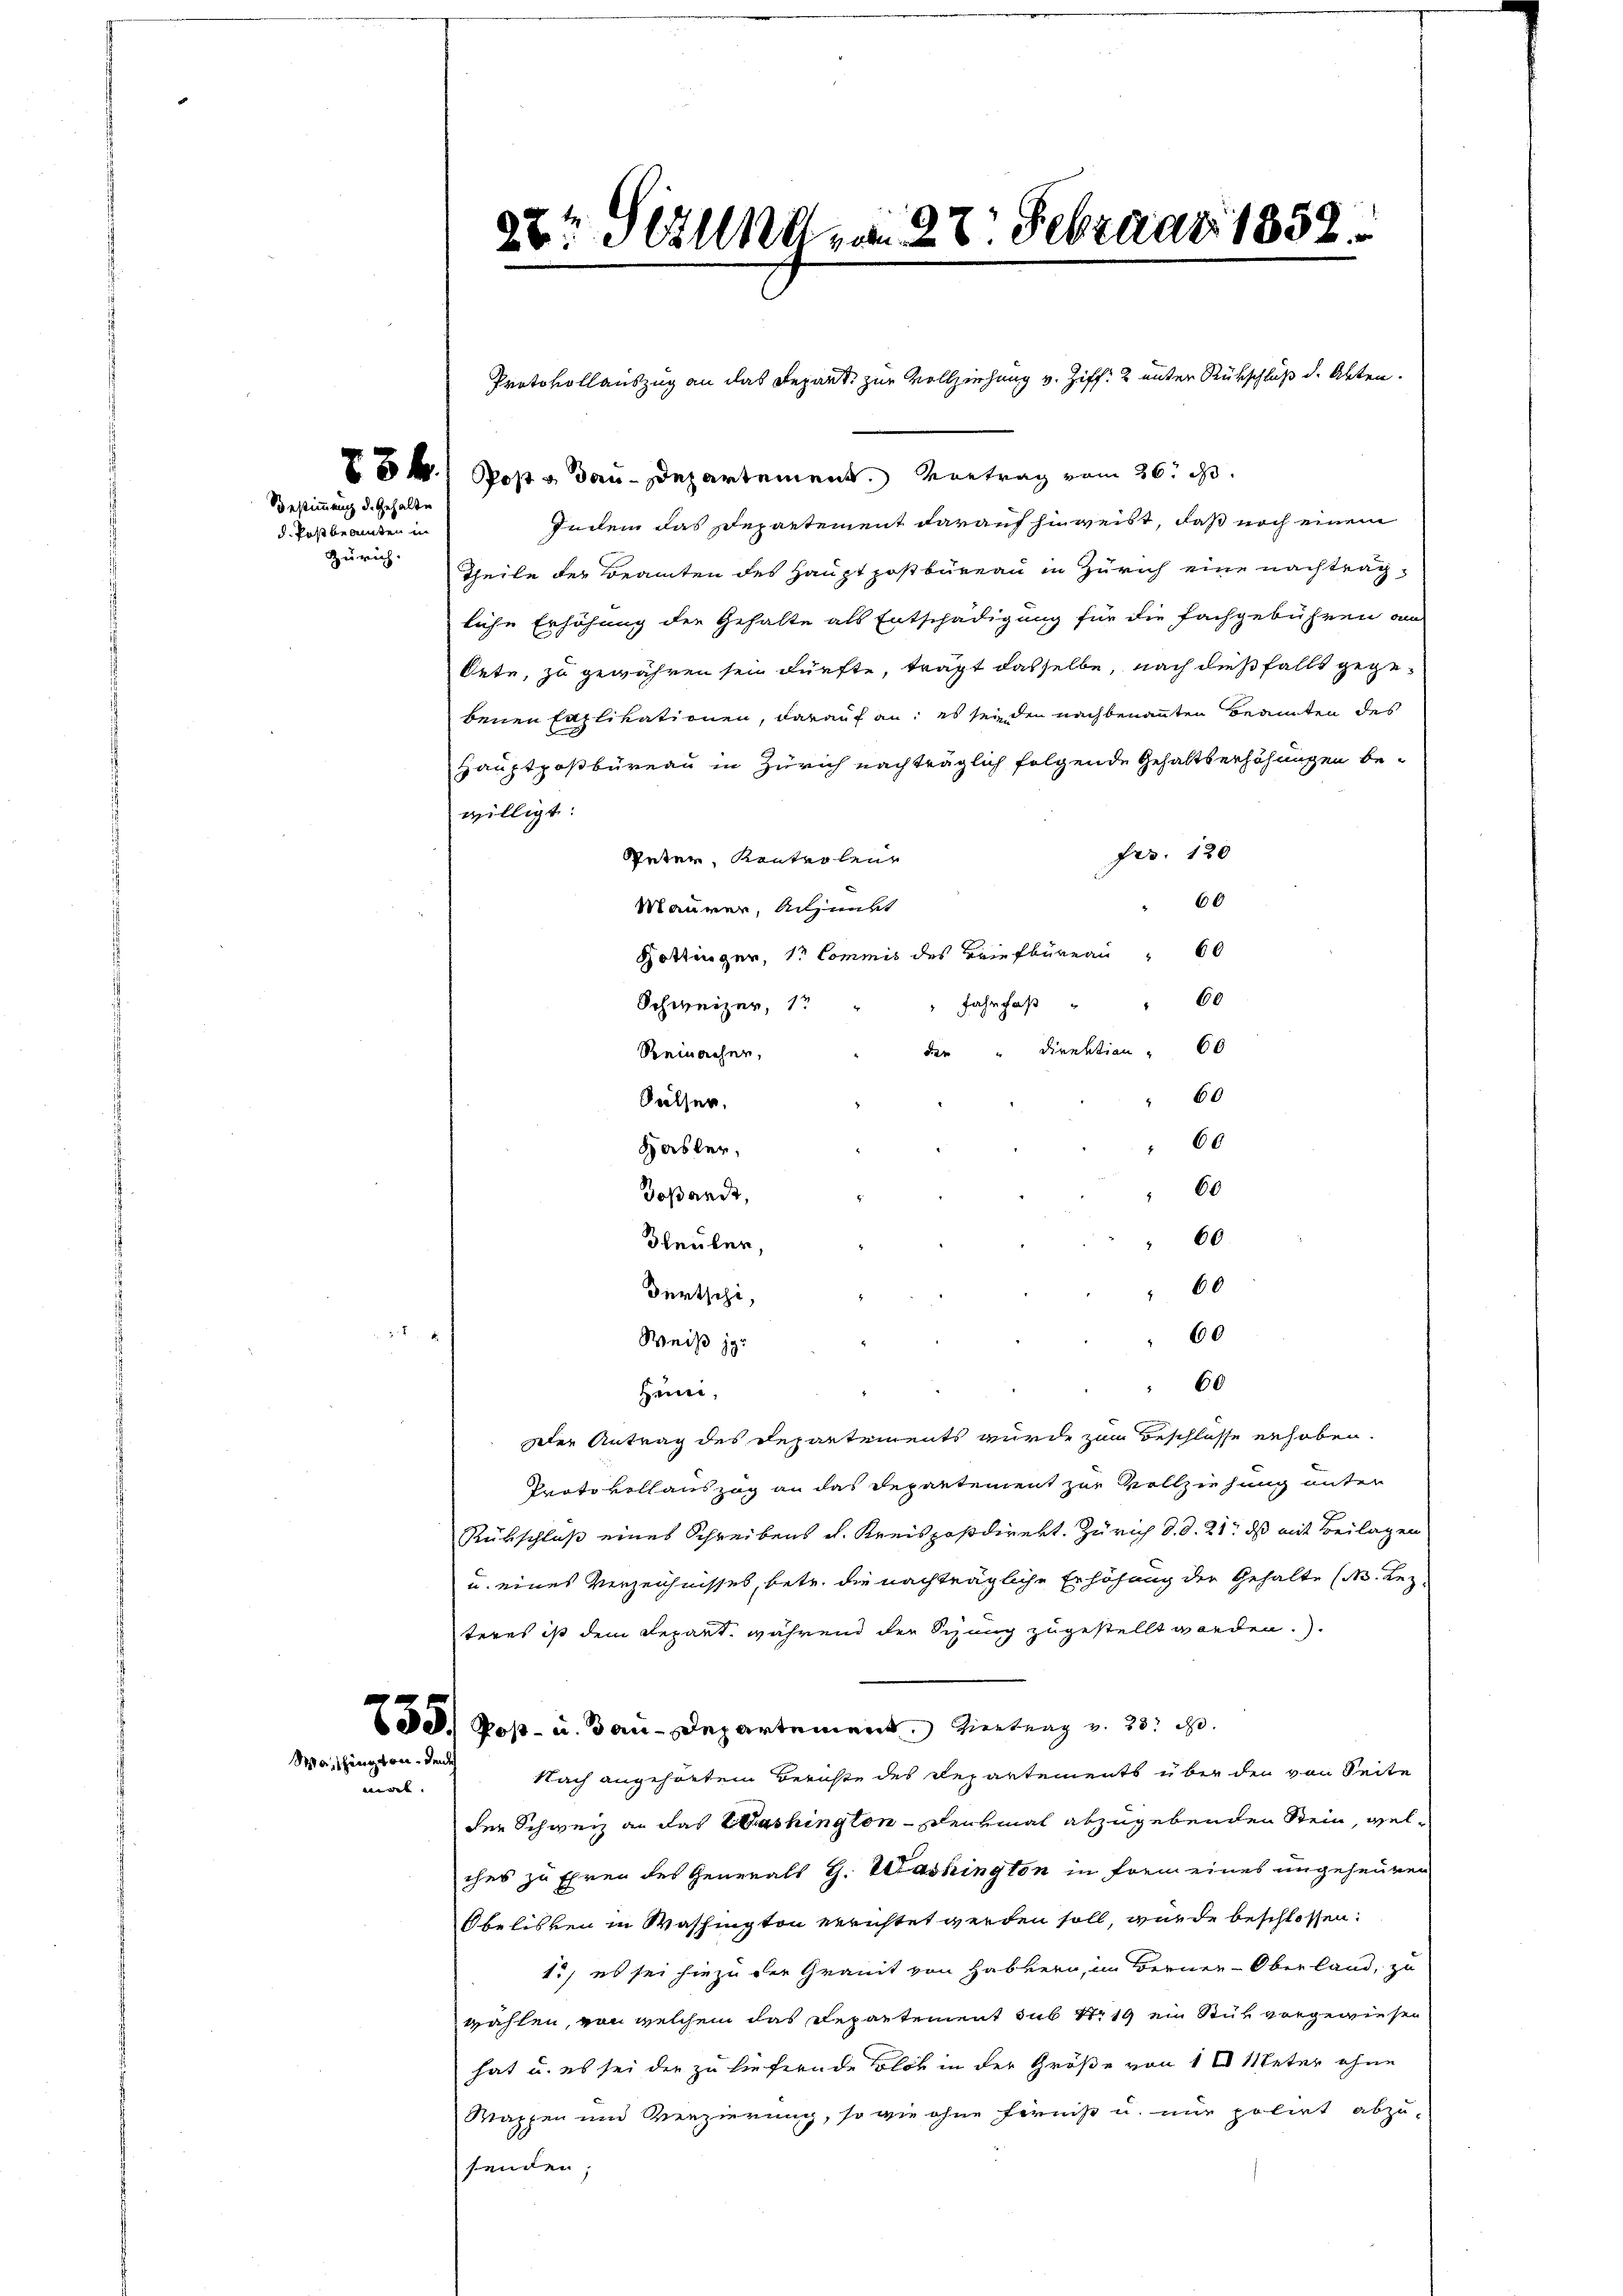
Bestimmung d. Gehalte
d. Postbeamten in
Zürich.

x

Washington. Denks
mat.

8. Post v. Bau-Departement. Vortrag vom 26. d.
Indem das Departement darauf hinweist, daß noch einem
Theile der Beamten des Hauptpostbüreau in Zürich eine nachtragliche Erhöhung der Gehalte als Entschädigung für die Fachgebühren am
tete, zu gewähren sei dürfte, trägt dasselbe, nach dießfalls gegebenen Eaplikationen, darauf an: es sei den nachbenannten Beamten des
Hauptpostbüreau in Zürich nachträglich folgende Gehaltserhöhungen bewilligt.
Frs. 120
Peter, Kontrolen
"60
Maurer, Adjunkt
Hottinger, 1r Commis des Briefbüreau 60
Fahrhaβ " " 60
Schweizer, 1 "
der " Direktion " 60
Reinacher,
60
Salser,
60
Hasler,
60
Joßande,
60
Bleuler,
60
Dürtschi,
60
Weiß jer
60
Heim.
Der Antrag des Departements wurde zum Beschlüsse erhoben.
Protokollauszog an das Departement zur Vollziehung unter
Rübschluß eines Schreibens d. Kreispostdirekt. Zürich d. d. 21. ds mit Beilagen
u. eines Verzeichnisses, betr. die nachträgliche Erhöhung der Gehalte (N. Rez-
teres ist dem Repart, während der Sitzung zugestellt worden.
35) Post- u. Bau-Departement. Viertung v. 23. d.
Nach angehörtem Berichte des Departements über den von Seite
der Schweiz an das Washington - Denkmal abzugebenden Stein, welches zu Ehren des Generals H. Washington in frem eines ungeheuren
Obelisken in Washington errichtet werden soll, wurde beschlossen:
15) es sei hiezu der Granit von Habkern, im Berner-Oberland, zu
wählen, von welchem das Departement sub 119 ein Stuk vorgewiesen
hat u. es sei die zu liefernde blos in der Größe von 1 l Meter ohne
Wappen und Verzierung, so wie ohne fernis u. nur polirt abzu-
senden;

20t Serend am 27. Februar 1852.

Protokollauszug an das Repart, zur Vollziehung v. Ziff. 2 unter Rückschluß d. Abten.